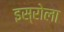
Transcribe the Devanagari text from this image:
इस्रोला